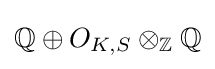
\mathbb {Q} \oplus O_{K,S}\otimes _{\mathbb {Z} }\mathbb {Q}